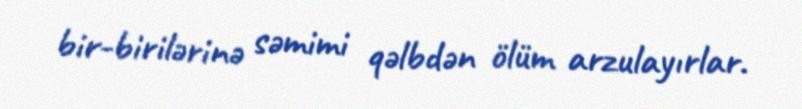
bir-birilərinə səmimi qəlbdən ölüm arzulayırlar.